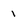
Character: 1